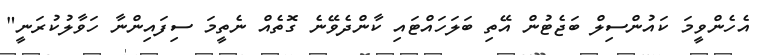
އެހެންވީމަ ކައުންސިލް ބަޖެޓުން އޭތި ބަލަހައްޓަައި ކާންދެވޭނެ ގޮތެއް ނެތީމަ ސިފަައިންނާ ހަވާލުކުރަނީ"